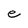
Character: e